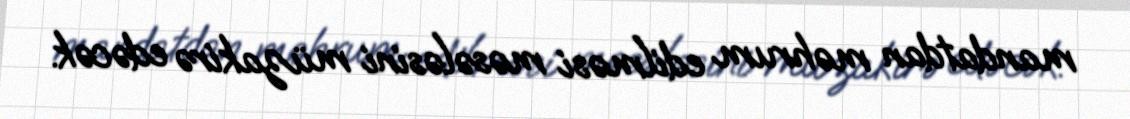
mandatdan məhrum edilməsi məsələsini müzakirə edəcək.